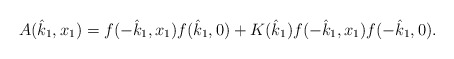
\begin{align*}A(\hat{k}_{1},x_{1})=f(-\hat{k}_{1},x_{1})f(\hat{k}_{1},0)+K(\hat{k}_{1})f(-\hat{k}_{1},x_{1})f(-\hat{k}_{1},0).\end{align*}